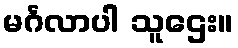
မင်္ဂလာပါ သူဌေး။